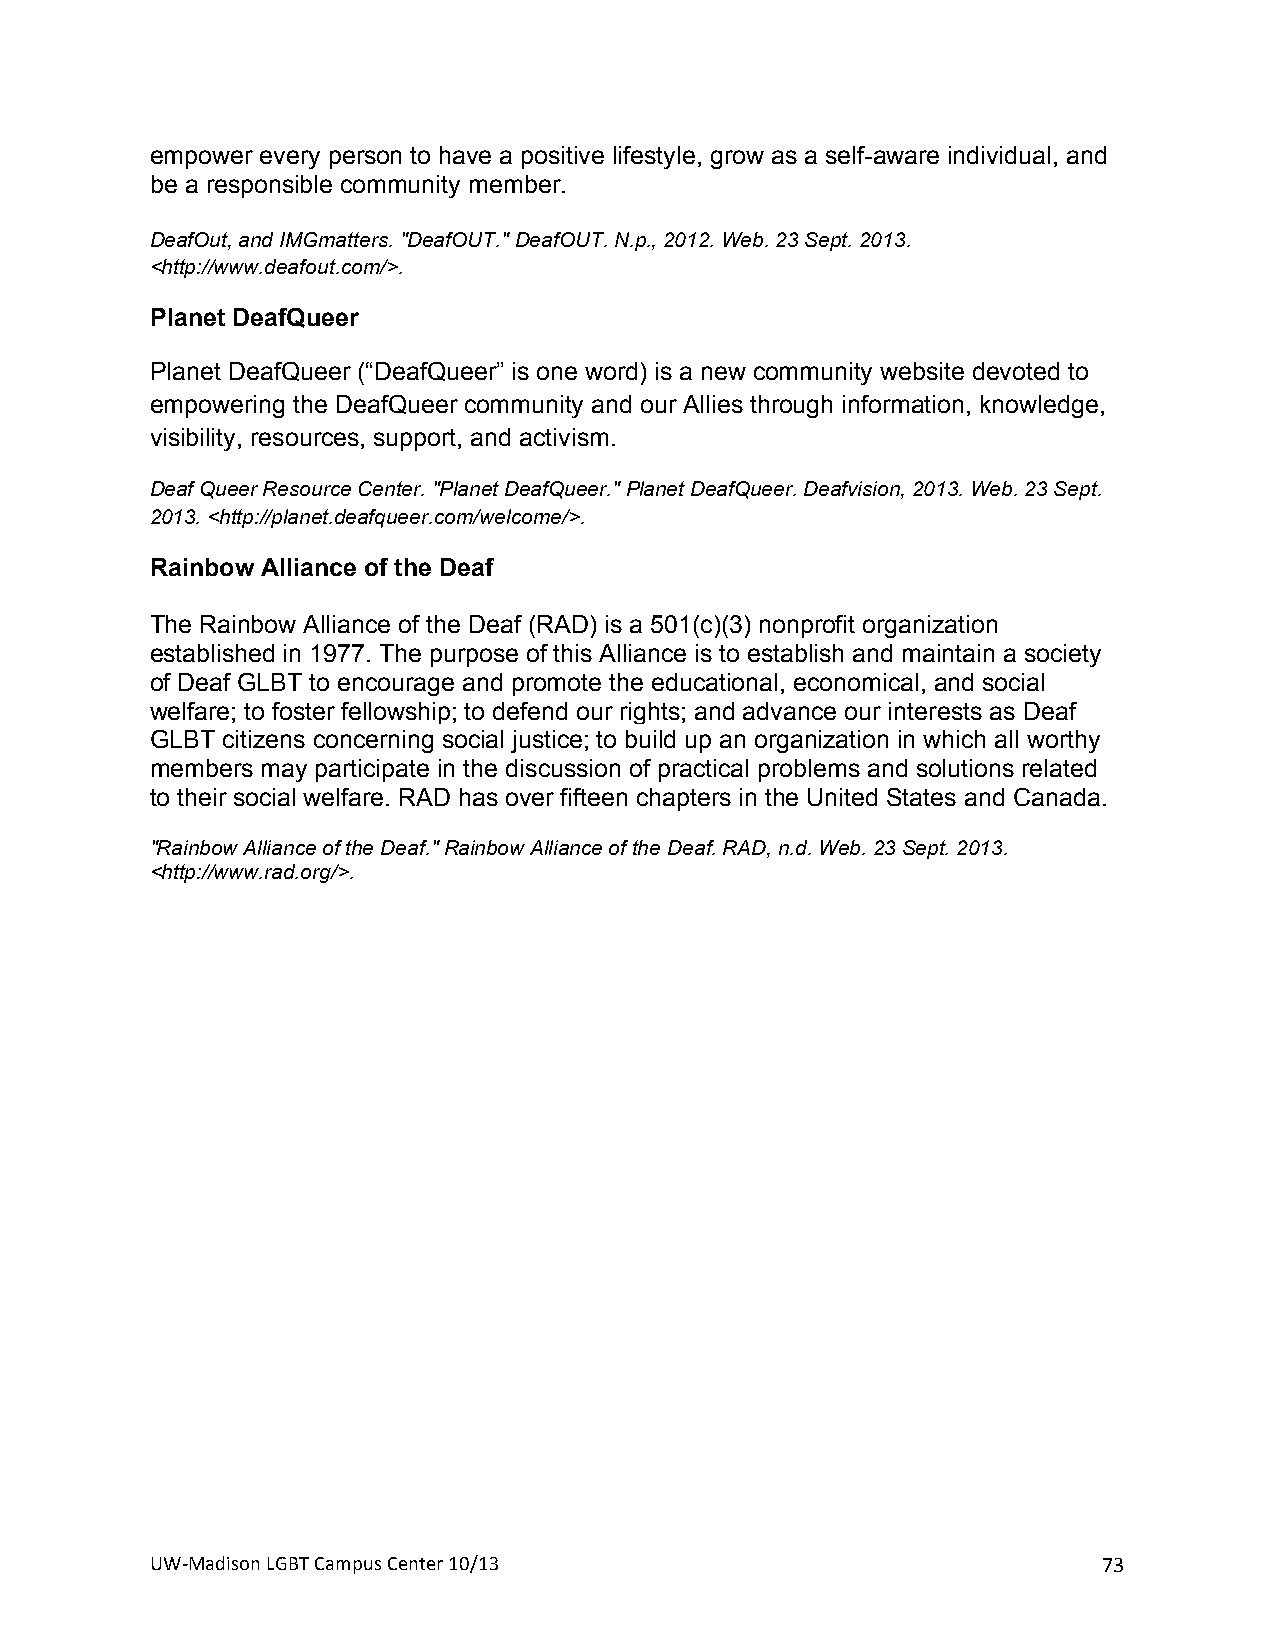
empower every person to have a positive lifestyle, grow as a self-aware individual, and
 be a responsible community member.
 DeafOut, and IMGmatters. "DeafOUT." DeafOUT. N.p., 2012. Web. 23 Sept. 2013.
 <http://www.deafout.com/>.
 Planet DeafQueer
 Planet DeafQueer (“DeafQueer” is one word) is a new community website devoted to
 empowering the DeafQueer community and our Allies through information, knowledge,
 visibility, resources, support, and activism.
 Deaf Queer Resource Center. "Planet DeafQueer." Planet DeafQueer. Deafvision, 2013. Web. 23 Sept.
 2013. <http://planet.deafqueer.com/welcome/>.
 Rainbow Alliance of the Deaf
 The Rainbow Alliance of the Deaf (RAD) is a 501(c)(3) nonprofit organization
 established in 1977. The purpose of this Alliance is to establish and maintain a society
 of Deaf GLBT to encourage and promote the educational, economical, and social
 welfare; to foster fellowship; to defend our rights; and advance our interests as Deaf
 GLBT citizens concerning social justice; to build up an organization in which all worthy
 members may participate in the discussion of practical problems and solutions related
 to their social welfare. RAD has over fifteen chapters in the United States and Canada.
 "Rainbow Alliance of the Deaf." Rainbow Alliance of the Deaf. RAD, n.d. Web. 23 Sept. 2013.
 <http://www.rad.org/>.
 !                   !
 UW#Madison+LGBT+Campus+Center+10/13+                           73+